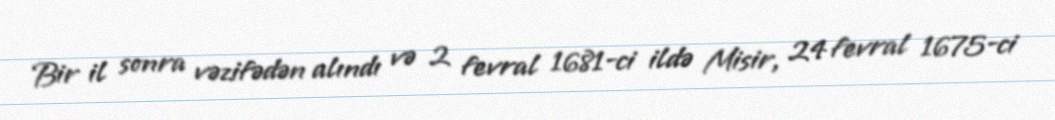
Bir il sonra vəzifədən alındı və 2 fevral 1681-ci ildə Misir, 24 fevral 1675-ci